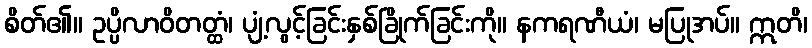
စိတ်၏။ ဥပ္ပိလာဝိတတ္ထံ၊ ပျံ့လွင့်ခြင်းနှစ်ခြိုက်ခြင်းကို။ နကရဏီယံ၊ မပြုအပ်။ ဣတိ၊